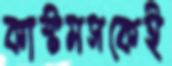
কাস্টমসকেই